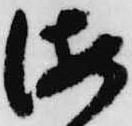
海